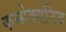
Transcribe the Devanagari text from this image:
कन्सेक्यटिव